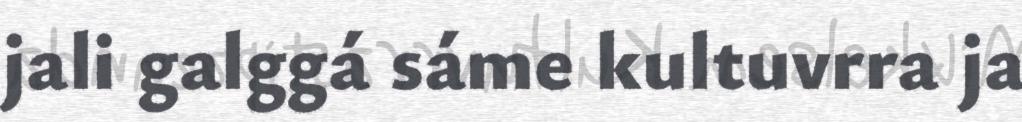
jali galggá sáme kultuvrra ja